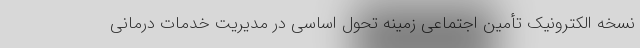
نسخه الکترونیک تأمین اجتماعی زمینه تحول اساسی در مدیریت خدمات درمانی